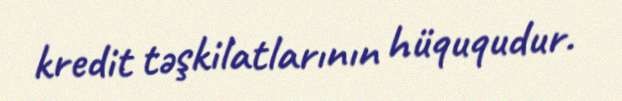
kredit təşkilatlarının hüququdur.